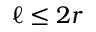
\ell \le 2 r